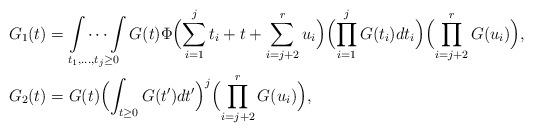
LaTeX: \begin{align*}G_1(t)&=\idotsint\limits_{t_1,\dots,t_{j}\ge 0}G(t)\Phi\Bigl(\sum_{i=1}^{j}t_i+t+\sum_{i=j+2}^ru_i\Bigr)\Bigl(\prod_{i=1}^{j}G(t_i)dt_i\Bigr)\Bigl(\prod_{i=j+2}^r G(u_i)\Bigr),\\G_2(t)&=G(t)\Bigl(\int_{t\ge 0}G(t')dt'\Bigr)^j\Bigl(\prod_{i=j+2}^r G(u_i)\Bigr),\end{align*}